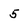
Character: 5